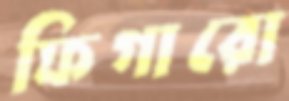
ফিগারো